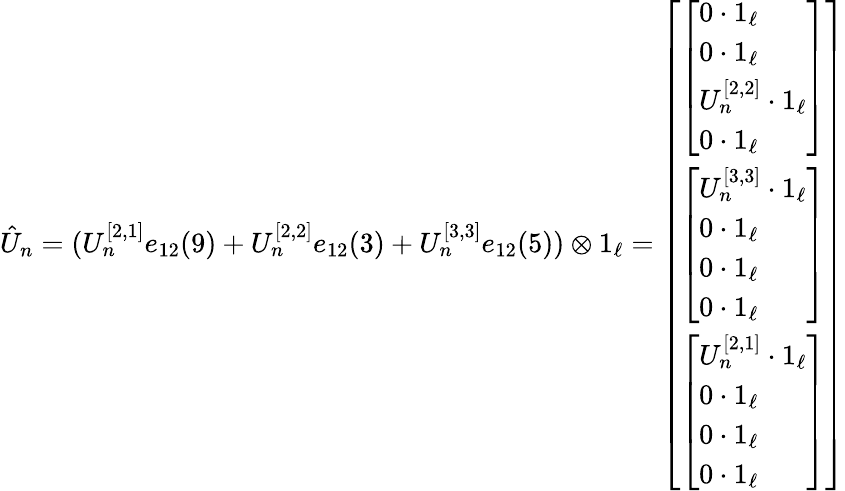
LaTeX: \begin{array}{r}{\hat{U}_{n}=(U_{n}^{[2,1]}e_{12}(9)+U_{n}^{[2,2]}e_{12}(3)+U_{n}^{[3,3]}e_{12}(5))\otimes 1_{\ell}=\left[\begin{array}{l}{\left[\begin{array}{l}{0\cdot 1_{\ell}}\\ {0\cdot 1_{\ell}}\\ {U_{n}^{[2,2]}\cdot 1_{\ell}}\\ {0\cdot 1_{\ell}}\end{array}\right]}\\ {\left[\begin{array}{l}{U_{n}^{[3,3]}\cdot 1_{\ell}}\\ {0\cdot 1_{\ell}}\\ {0\cdot 1_{\ell}}\\ {0\cdot 1_{\ell}}\end{array}\right]}\\ {\left[\begin{array}{l}{U_{n}^{[2,1]}\cdot 1_{\ell}}\\ {0\cdot 1_{\ell}}\\ {0\cdot 1_{\ell}}\\ {0\cdot 1_{\ell}}\end{array}\right]}\end{array}\right]}\end{array}